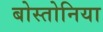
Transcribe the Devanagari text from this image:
बोस्तोनिया